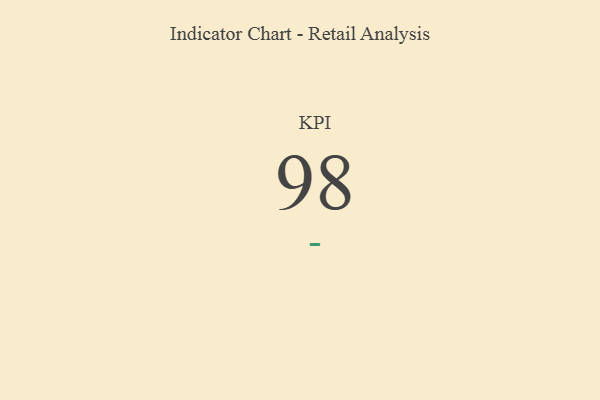
{"axis": {"x": "KPI", "y": "Value"}, "legend": [""], "data": [{"x": "KPI", "y": 98, "type": ""}]}